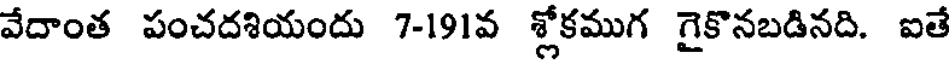
వేదాంత పంచదశియందు 7-191వ శ్లోకముగ గైకొనబడినది. ఐతే